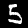
Digit: 5